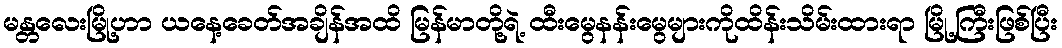
မန္တလေးမြို့ဟာ ယနေ့ခေတ်အချိန်အထိ မြန်မာတို့ရဲ့ ထီးမွေနန်းမွေများကိုထိန်းသိမ်းထားရာ မြို့ကြီးဖြစ်ပြီး